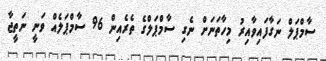
ސާމްޕަލް ނަގާފައިވާއިރު މިހާތަނަށް ނެގި ސާމްޕަލްގެ ތެރެއިން 96 ސާމްޕަލެއް ވަނީ ނަތީޖާ